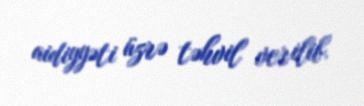
aidiyyəti üzrə təhvil verilib.